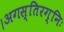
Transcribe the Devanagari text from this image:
।अगस्तिरग्निः